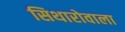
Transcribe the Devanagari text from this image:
सिथारोवाला